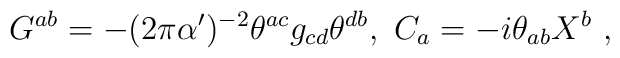
G^{ab}=-(2\pi\alpha')^{-2}\theta^{ac}g_{cd}\theta^{db}, \ C_a=-i\theta_{ab}X^b \ ,